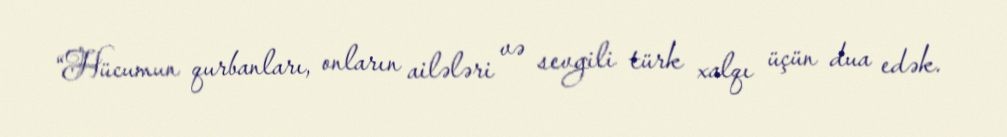
“Hücumun qurbanları, onların ailələri və sevgili türk xalqı üçün dua edək.